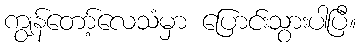
ကျွန်တော့်လေသံမှာ ပြောင်းသွားပါပြီ။